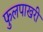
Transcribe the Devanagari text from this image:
फुलपाखरी